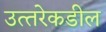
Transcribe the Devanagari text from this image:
उत्‍तरेकडील